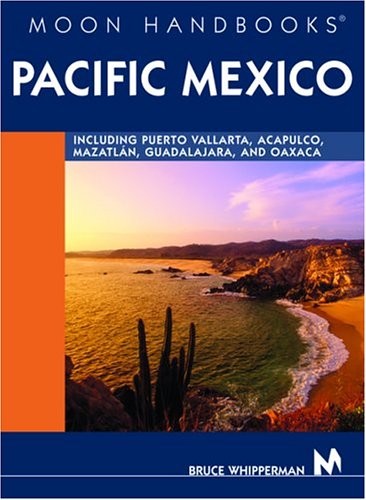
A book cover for Moon Handbook Pacific Mexico: Including Puerto Vallarta, Acapulco, Mazatlan, Guadalajara, and Oaxaca (Moon Handbooks : Pacific Mexico); Bruce Whipperman; Travel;